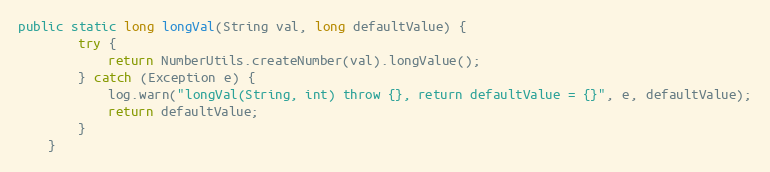
Language: Java
public static long longVal(String val, long defaultValue) {
        try {
            return NumberUtils.createNumber(val).longValue();
        } catch (Exception e) {
            log.warn("longVal(String, int) throw {}, return defaultValue = {}", e, defaultValue);
            return defaultValue;
        }
    }